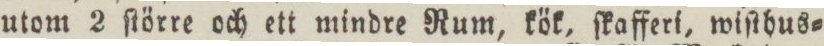
utom 2 ſtörre och ett mindre Rum, kök, ſkafferi, wiſthus=